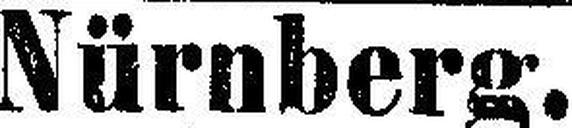
Nürnberg.